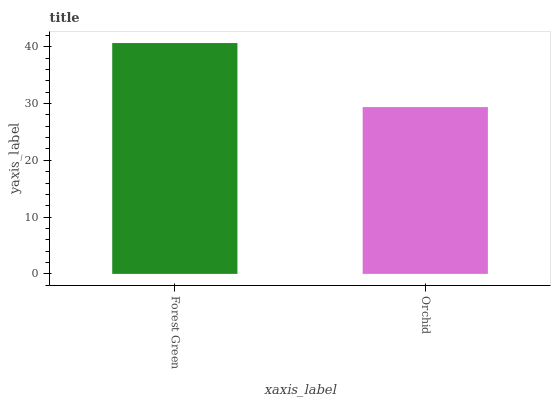
| xaxis_label | bars |
 | --- | --- |
 | Forest Green | 40.6 |
 | Orchid | 29.4 |